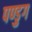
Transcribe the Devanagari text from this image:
पण्डुग